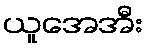
ယူအေအီး